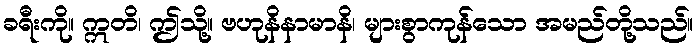
ခရီးကို။ ဣတိ၊ ဤသို့။ ဗဟုနိနာမာနိ၊ များစွာကုန်သော အမည်တို့သည်။